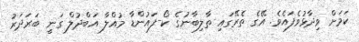
ކަމަށް ވިދާޅުވެފައެވެ. އޭގެ ތެރޭގައި ތާލިބާނުގެ ކޯ-ފައުންޑާ މުއްލާ އަބްދުލް ގަނީ ބަރަދަރު